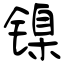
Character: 镍